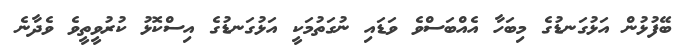
ބޭފުޅުން އަޅުގަނޑުގެ މިބަހާ އެއްބަސްވެ ވަޑައި ނުގަތުމަކީ އަޅުގަނޑުގެ އިސްކޮޅު ކުރުވީތީވެ ވެދާނެ